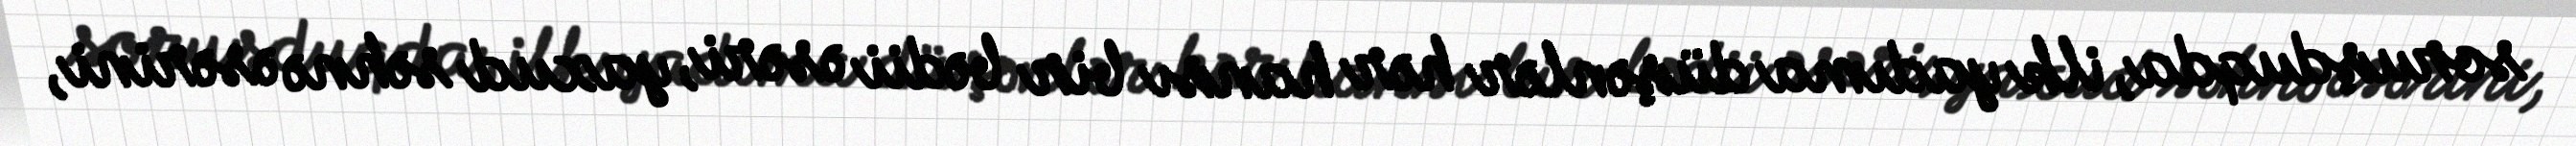
soruşduqda, ilk yadıma düşənlər hər hansı bir bədii əsəri, yaxud səhnə əsərini,